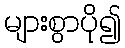
များစွာပို၍